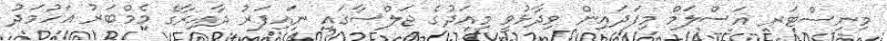
މިނިސްޓަރ އަސްލަމް މިފަދައިން ވިދާޅުވީ މިއަދުގެ ޖަލްސާގައި ނައިފަރު ދާއިރާގެ މެމްބަރު އަހުމަދު